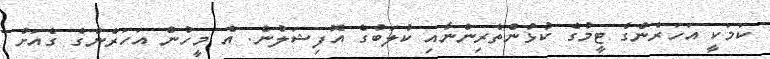
ކަމަކީ އަހަރެންގެ ޓީމުގެ ކުޅުންތެރިންނާއި ކުލަބުގެ އޮފިޝަލުން. އެ މީހުން އަހަރެންގެ ގެއަށް